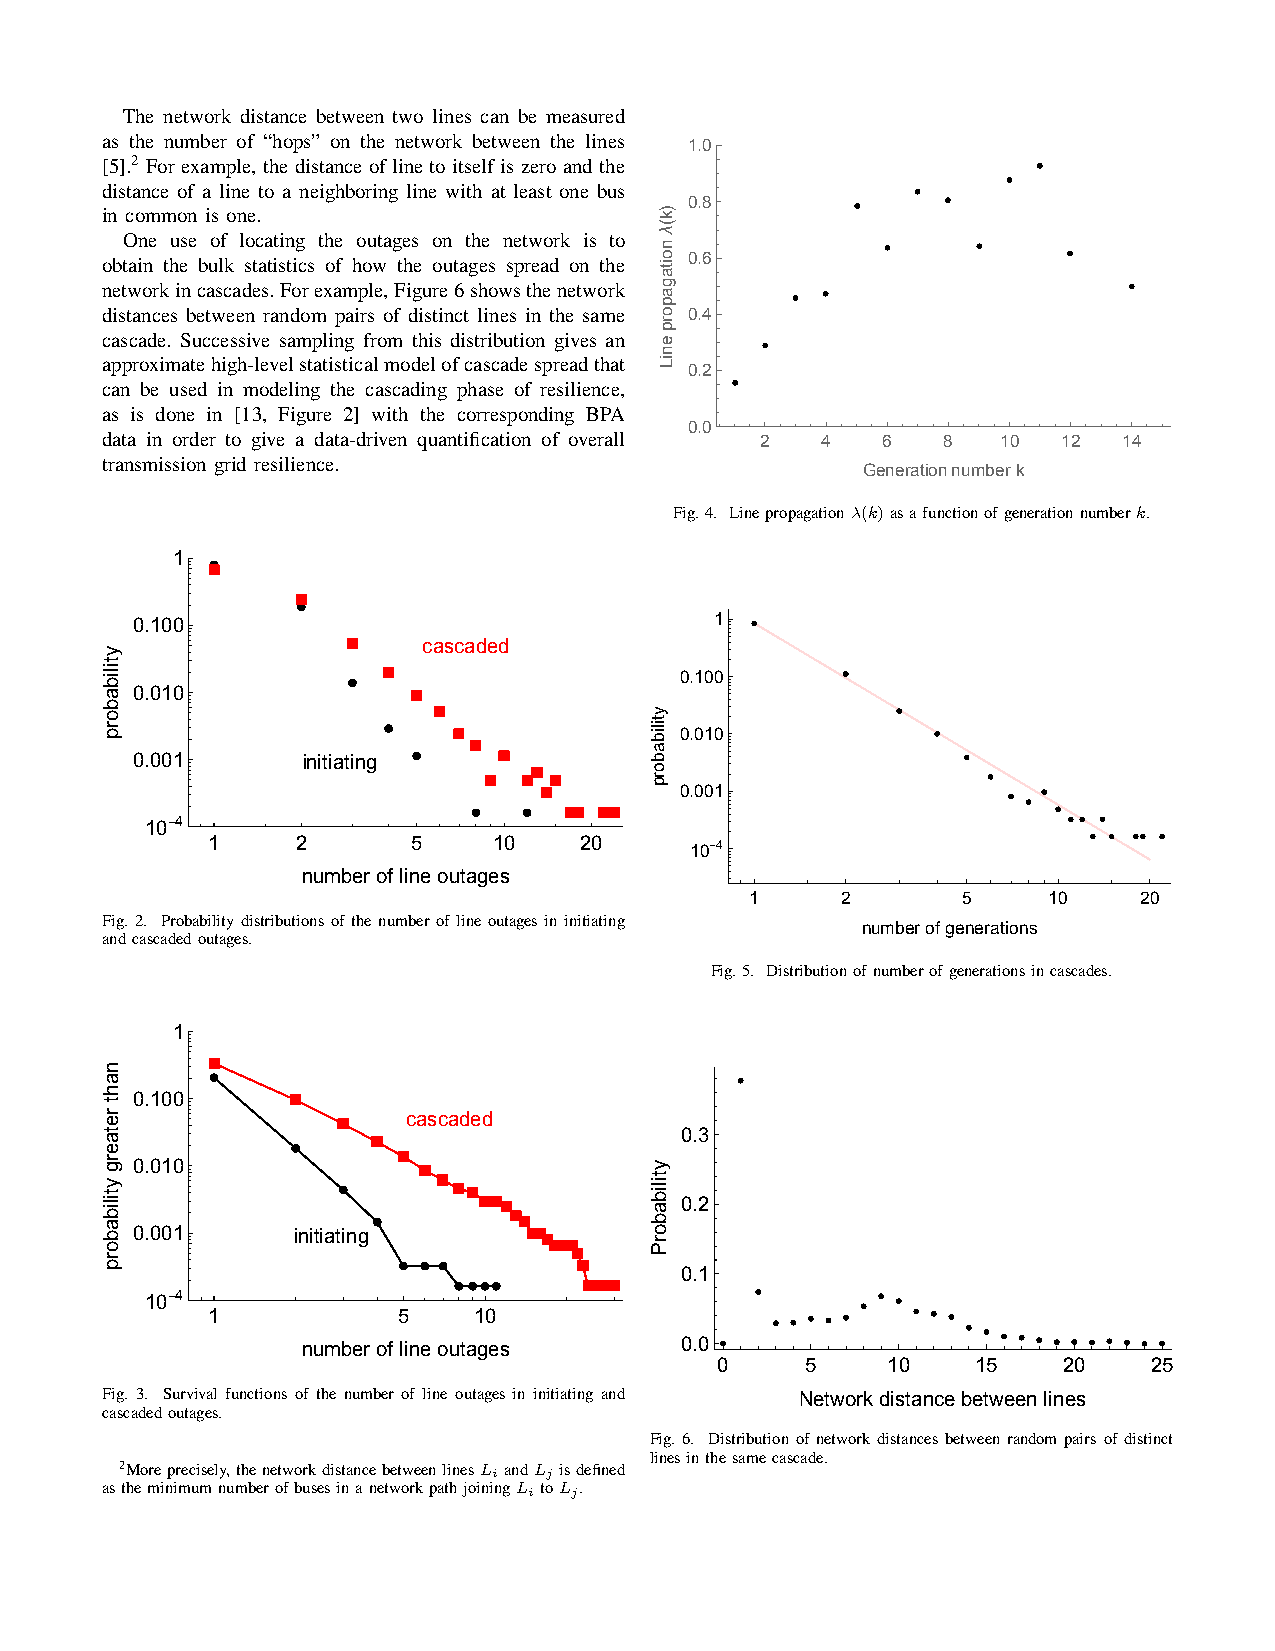
The network distance between two lines can be measured
 as the number of “hops” on the network between the lines
 1.0
 [5].2 For example, the distance of line to itself is zero and the
 distance of a line to a neighboring line with at least one bus
 0.8
 in common is one.
 One use of locating the outages on the network is to
 obtain the bulk statistics of how the outages spread on the 0.6
 networkincascades.Forexample,Figure6showsthenetwork
 distances between random pairs of distinct lines in the samOuet[]= 0.4
 cascade. Successive sampling from this distribution gives an
 approximatehigh-levelstatisticalmodelofcascadespreadthat
 0.2
 can be used in modeling the cascading phase of resilience,
 as is done in [13, Figure 2] with the corresponding BPA
 0.0
 data in order to give a data-driven quantification of overall 2 4 6 8 10 12 14
 transmission grid resilience.
 Generationnumberk
 Fig.4. Linepropagationλ(k)asafunctionofgenerationnumberk.
 1
 0.100                                 1
 cascaded
 0.100
 0.010
 0.010
 0.001      initiating
 0.001
 10-4
 1     2      5     10   20      10-4
 numberof lineoutages
 1     2       5    10    20
 Fig. 2. Probability distributions of the number of line outages in initiating
 numberofgenerations
 andcascadedoutages.
 Fig.5. Distributionofnumberofgenerationsincascades.
 1
 0.100
 cascaded
 0.3
 0.010
 0.2
 0.001     initiating
 0.1
 10-4
 1           5    10
 numberof lineoutages     0.0
 0    5     10    15   20    25
 Fig. 3. Survival functions of the number of line outages in initiating and Networkdistancebetweenlines
 cascadedoutages.
 Fig. 6. Distribution of network distances between random pairs of distinct
 linesinthesamecascade.
 2Moreprecisely,thenetworkdistancebetweenlinesLi andLj isdefined
 astheminimumnumberofbusesinanetworkpathjoiningLi toLj.
 ytilibaborp
 nahtretaergytilibaborp
 ytilibaborp
 ytilibaborP
 )k(λnoitagaporpeniL